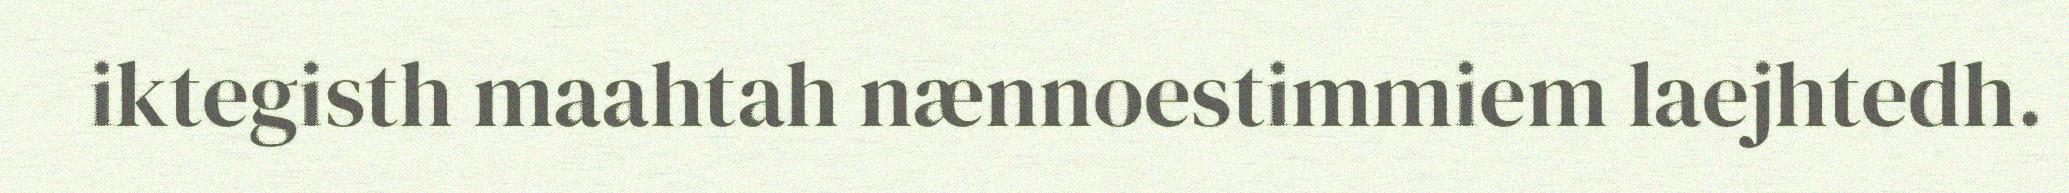
iktegisth maahtah nænnoestimmiem laejhtedh.